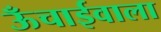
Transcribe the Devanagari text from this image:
ऊँचाईवाला